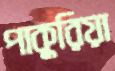
পাকুরিয়া